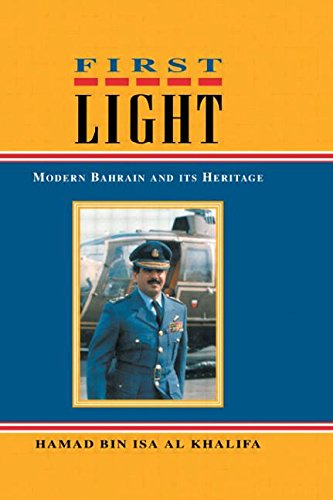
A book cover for First Light; Al_Khalifa; History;